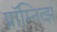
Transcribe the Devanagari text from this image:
प्रॉम्नित्झ